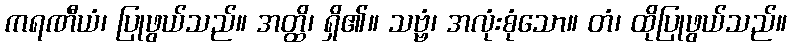
ကရဏီယံ၊ ပြုဖွယ်သည်။ အတ္ထိ၊ ရှိ၏။ သဗ္ဗံ၊ အလုံးစုံသော။ တံ၊ ထိုပြုဖွယ်သည်။